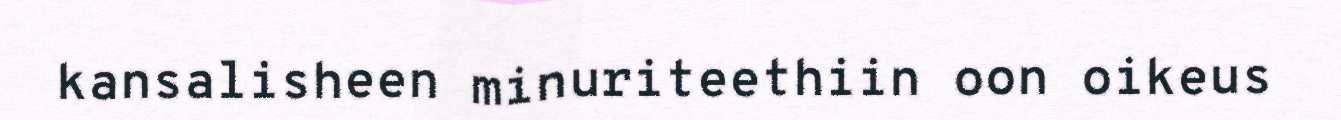
kansalisheen minuriteethiin oon oikeus